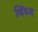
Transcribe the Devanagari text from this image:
विँध्य